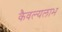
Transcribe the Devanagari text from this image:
कैवल्यलाभ